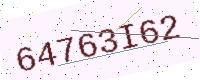
Text: 64763I62